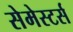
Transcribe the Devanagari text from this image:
सेमेस्टर्स